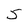
Character: 5